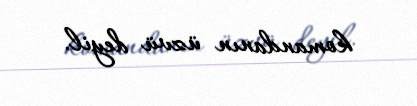
komandanın üzvü deyil.